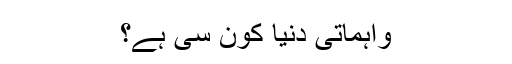
واہماتی دنیا کون سی ہے؟